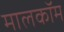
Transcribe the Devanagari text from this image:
मालकॉम